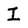
Character: I